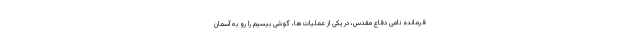
فرمانده نامی دفاع مقدس، در یکی از عملیات‌ها، گوشی بیسیم را رو به آسمان